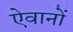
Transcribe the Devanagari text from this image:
ऐवानों